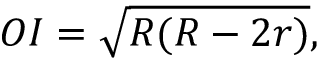
O I = { \sqrt { R ( R - 2 r ) } } ,